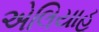
એલિયાહૂ